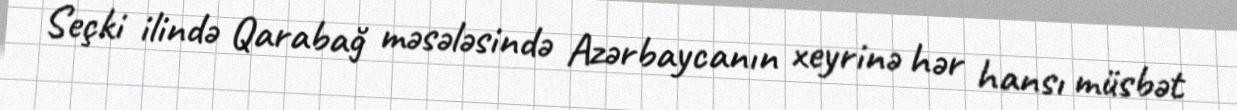
Seçki ilində Qarabağ məsələsində Azərbaycanın xeyrinə hər hansı müsbət